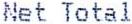
NET TOTAL